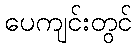
ပေကျင်းတွင်